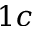
1 c